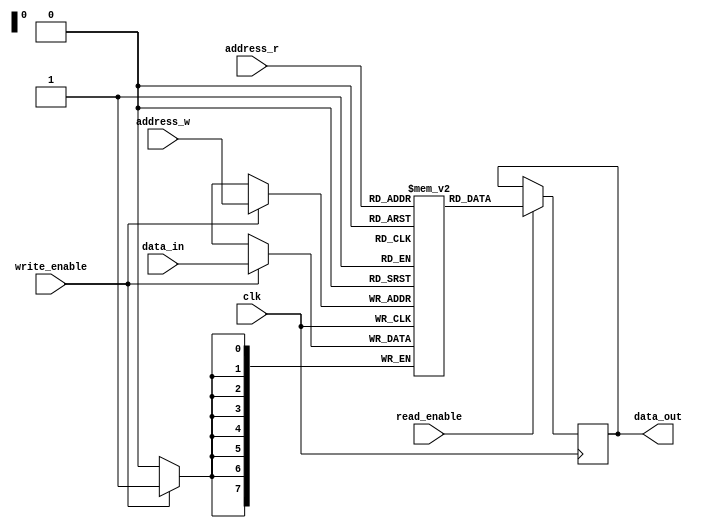
module register_file (
   input wire clk,
   input wire [7:0] address_r,
   input wire [7:0] address_w,
   input wire write_enable,
   input wire read_enable,
   input wire [7:0] data_in,
   output reg [7:0] data_out
);

reg [7:0] reg_file [255:0];

always @(posedge clk) begin
   if(write_enable) begin
      reg_file[address_w] <= data_in;
   end
   if(read_enable) begin
      data_out <= reg_file[address_r];
   end
end

endmodule